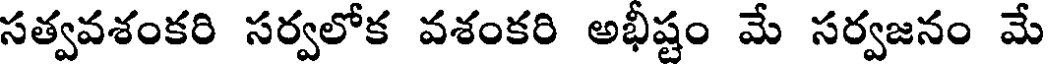
సత్వవశంకరి సర్వలోక వశంకరి అభీష్టం మే సర్వజనం మే